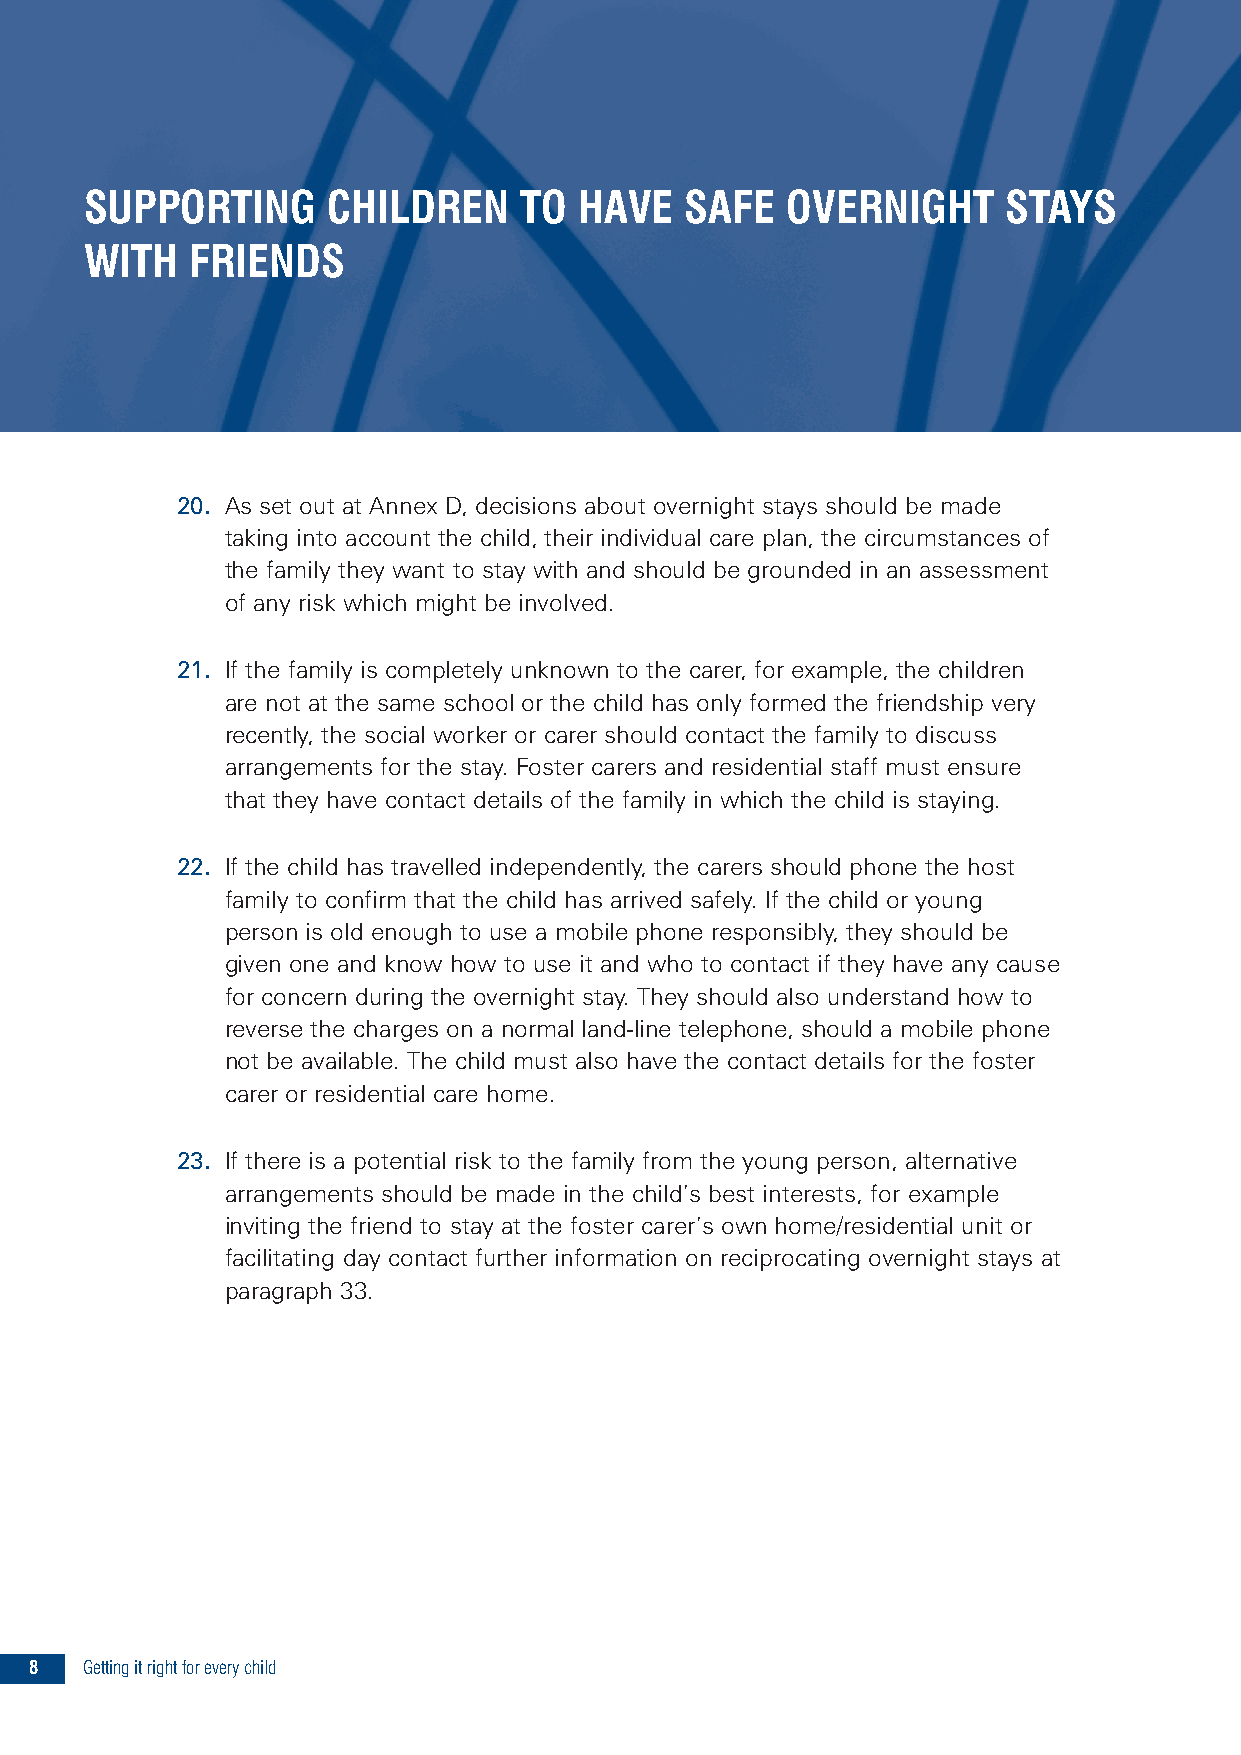
SUPPORTING      CHILDREN    TO  HAVE   SAFE   OVERNIGHT     STAYS
 WITH   FRIENDS
 20. As set out at Annex D, decisions about overnight stays should be made
 taking into account the child, their individual care plan, the circumstances of
 the family they want to stay with and should be grounded in an assessment
 of any risk which might be involved.
 21. If the family is completely unknown to the carer, for example, the children
 are not at the same school or the child has only formed the friendship very
 recently, the social worker or carer should contact the family to discuss
 arrangements for the stay. Foster carers and residential staff must ensure
 that they have contact details of the family in which the child is staying.
 22. If the child has travelled independently, the carers should phone the host
 family to confirm that the child has arrived safely. If the child or young
 person is old enough to use a mobile phone responsibly, they should be
 given one and know how to use it and who to contact if they have any cause
 for concern during the overnight stay. They should also understand how to
 reverse the charges on a normal land-line telephone, should a mobile phone
 not be available. The child must also have the contact details for the foster
 carer or residential care home.
 23. If there is a potential risk to the family from the young person, alternative
 arrangements should be made in the child’s best interests, for example
 inviting the friend to stay at the foster carer’s own home/residential unit or
 facilitating day contact further information on reciprocating overnight stays at
 paragraph 33.
 8  Gettingitrightforeverychild